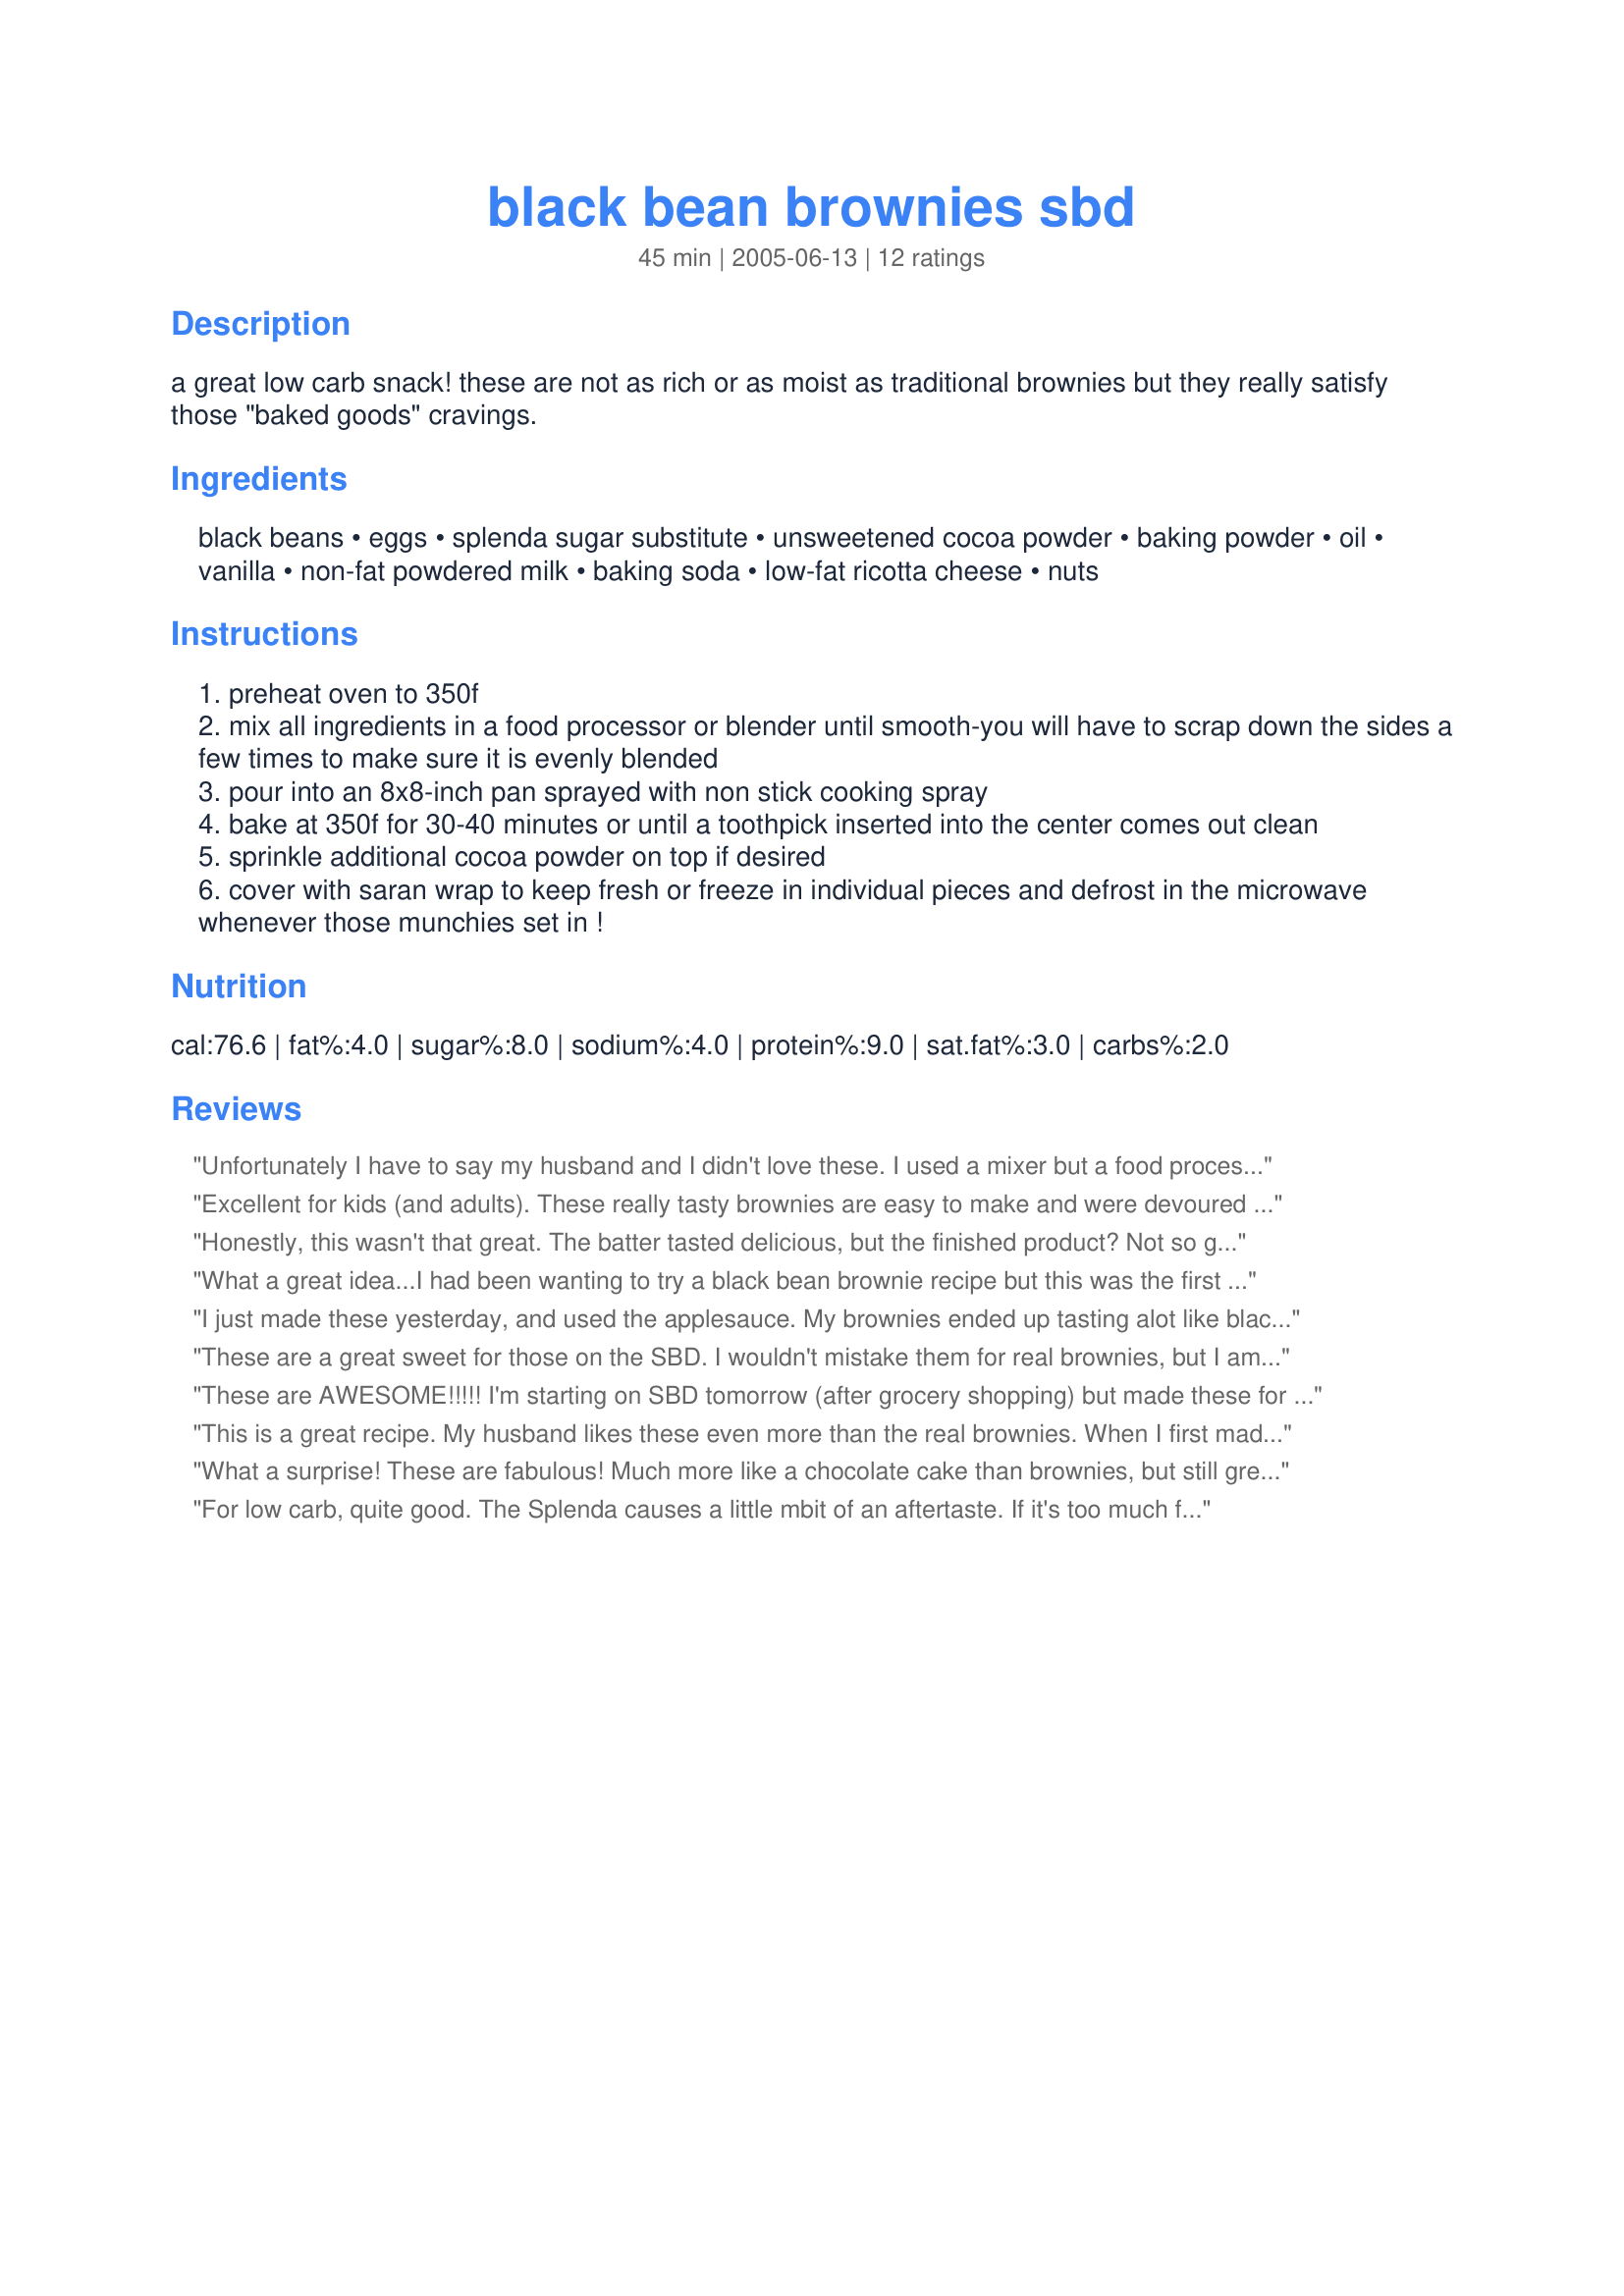
black bean brownies sbd
Preparation time: 45 minutes

a great low carb snack! these are not as rich or as moist as traditional brownies but they really satisfy those "baked goods" cravings.

Ingredients:
black beans, eggs, splenda sugar substitute, unsweetened cocoa powder, baking powder, oil, vanilla, non-fat powdered milk, baking soda, low-fat ricotta cheese, nuts

Steps:
preheat oven to 350f
mix all ingredients in a food processor or blender until smooth-you will have to scrap down the sides a few times to make sure it is evenly blended
pour into an 8x8-inch pan sprayed with non stick cooking spray
bake at 350f for 30-40 minutes or until a toothpick inserted into the center comes out clean
sprinkle additional cocoa powder on top if desired
cover with saran wrap to keep fresh or freeze in individual pieces and defrost in the microwave whenever those munchies set in !

Reviews:
Unfortunately I have to say my husband and I didn't love these. I used a mixer but a food processor would have broken up the beans much more. Sometimes you'll bite into a bean and as much as I love beans they aren't pleasant in a brownie. I felt the recipe was lacking in chocolate flavor, perhaps carob chips would help. I used cream cheese instead of ricotta, not sure of the difference that made. I hoped it would give it a richer flavor as sometimes fat free ricotta can be granular, but there was no richness. My batter was very thin but it did bake up with plenty of height.
Excellent for kids (and adults). These really tasty brownies are easy to make and were devoured by several children of our acquaintance. Just to be on the safe side, I increased the cocoa powder to 1/3 cup (approx 5 TBSP) but I doubt that was necessary. I also used real sugar instead of Splenda since I am not on the South Beach Diet and am suspicious of Splenda for the kids. Finally, based on other reviews, I added a little yogurt (again to be on the safe side). I did these a second time as cupcakes. They puffed in the oven but fell flat when removed. They were still quite tasty. For, The texture reminds me of plum pudding, especially when warm. I've seen other similar recipes that skip the powdered milk and ricotta cheese so if you don't happen to have those on hand, you should still give these a try.
Honestly, this wasn't that great. The batter tasted delicious, but the finished product? Not so good. It was too crumbly, too dry, not dense or fudgy enough, and it wasn't very sweet! I used xylitol and stevia, and in the batter it taste like it was going to turn out wonderful, but alas, it did not. If I made these again I would probably use more chocolate, more vegetable oil, more vanilla, more sweetener, and add a handful of semi or bittersweet baking chocolate. I also thought swirling some peanut butter in would taste good. I could definitely taste the beans after it'd been baked, not very strong, but it was there.
What a great idea...I had been wanting to try a black bean brownie recipe but this was the first I encountered with the South Beach approach ("Splenda" and low-fat ricotta). This was my first experience using all "Splenda" without blending it with a "natural sweetener" - I was pleasantly surprised to find that there was no "chemical" aftertaste!! I'm sure this was due to *Pamela*s' excellent instructions. The only change I made was to add 2 tspn. cinnamon and 1/4 tspn. of chipotle to the unsweetened applesauce - I felt this enhances cocoa (and something about black beans makes me reach for my chili spice!!) Like another reviewer I began to closely watch my pan at 20 minutes and took it out well before 30 was up. I used about 1/2 tspn. of a diet no sug./no fat hot chocolate mix as a dusting over the top of the finished product - and felt the color contrast was a bit nicer than more dark colored cocoa would have been. I made two batches adding chopped walnuts to one...it worked well both ways. I loved them...a keeper in my book for sure!!! Thanks for a great recipe!!!
I just made these yesterday, and used the applesauce. My brownies ended up tasting alot like black beans.
These are a great sweet for those on the SBD. I wouldn't mistake them for real brownies, but I am happy to eat them.
These are AWESOME!!!!! I'm starting on SBD tomorrow (after grocery shopping) but made these for our bbq tonight - made them exactly as posted with the exception of adding 1 extra tbsp of apple sauce (so 3 instead of 2). Otherwise exact.
and WOW!!!!! these are absolutely fantabulous! I may even put a bit of sugar free strawberry jam on them (once i'm on phase 2)...
but DEFINITELY a keeper!
This is a great recipe. My husband likes these even more than the real brownies. When I first made them I found them to be a bit dry but then I thought to modify the recipe just a little and they turned out even better and very moist. I only put in 3 eggs, left out the ricotta cheese and oil and added 3 tablespoons of lowfat plain yogurt instead. After they cool I have them with a no sugar pudding frosting that is also very yummy. This is the best recipe I have found since I've been on SBD. It sure has saved me! Thanks.
What a surprise! These are fabulous! Much more like a chocolate cake than brownies, but still great. My husband (who would have gagged if he knew there were beans in this) thought it was so good. I added a few extra teaspoons of plain yogurt to lessen the dryness. I halved the recipe and baked for 25 minutes (1 minute longer would have been overdone). I may bake a shorter amount of time on my next try.
For low carb, quite good. The Splenda causes a little mbit of an aftertaste. If it's too much for you, you could probably replace part of the Splenda with sugar to make the taste more natural.
I love this recipe. A super-quick shortcut is to buy the store-bought brownie mix (the plain brownie one, nothing "special" in it) and puree the beans, mix them in, and bake acc to directions. Doing it yourself is better of course, but sometimes you just want it quick!
Mine turned out excellent! The only thing I changed was adding 1/2 cup egg substitute for 2 of the eggs. Used the applesauce option too! Yummy!! My 16 year old even likes them! They are very moist and a bit more like cake than brownies, but what&#039;s wrong with that? I used a Vitamix to blend everything.
